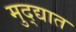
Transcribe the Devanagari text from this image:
मुद्द्यात